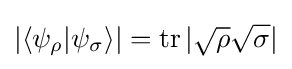
|\langle \psi _{\rho }|\psi _{\sigma }\rangle |=\operatorname {tr} |{\sqrt {\rho }}{\sqrt {\sigma }}|